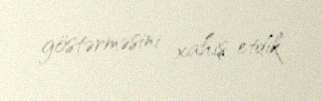
göstərməsini xahiş etdik.